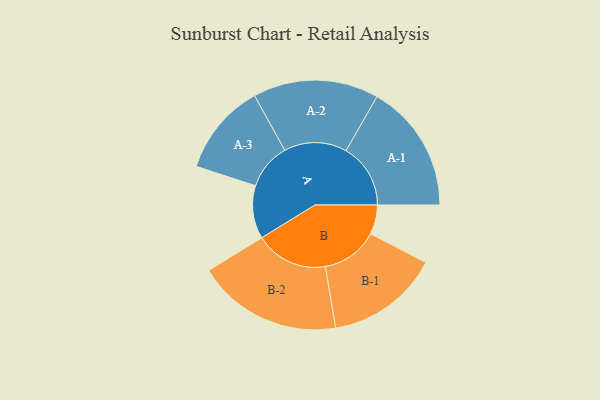
{"axis": {"x": "Segment", "y": "Value"}, "legend": ["", "A", "B"], "data": [{"x": "A", "y": 219, "type": ""}, {"x": "B", "y": 121, "type": ""}, {"x": "A-1", "y": 266, "type": "A"}, {"x": "A-2", "y": 259, "type": "A"}, {"x": "A-3", "y": 190, "type": "A"}, {"x": "B-1", "y": 234, "type": "B"}, {"x": "B-2", "y": 300, "type": "B"}]}